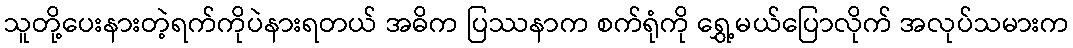
သူတို့ပေးနားတဲ့ရက်ကိုပဲနားရတယ် အဓိက ပြဿနာက စက်ရုံကို ရွှေ့မယ်ပြောလိုက် အလုပ်သမားက